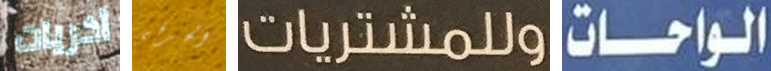
أخريات الحرفي وللمشتريات الواحات